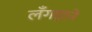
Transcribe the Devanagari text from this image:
लँगड़ाने